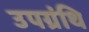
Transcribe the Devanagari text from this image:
उपग्रंथि